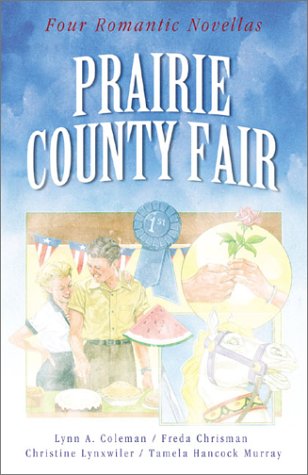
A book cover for Prairie County Fair: A Change of Heart/After the Harvest/A Test of Faith/Goodie, Goodie (Inspirational Romance Collection); Christine Lynxwiler; Religion & Spirituality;